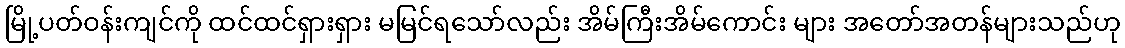
မြို့ပတ်ဝန်းကျင်ကို ထင်ထင်ရှားရှား မမြင်ရသော်လည်း အိမ်ကြီးအိမ်ကောင်း များ အတော်အတန်များသည်ဟု